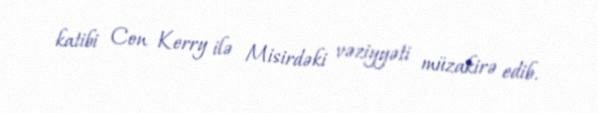
katibi Con Kerry ilə Misirdəki vəziyyəti müzakirə edib.